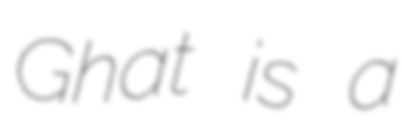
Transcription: Ghat is a